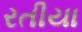
રતીયા